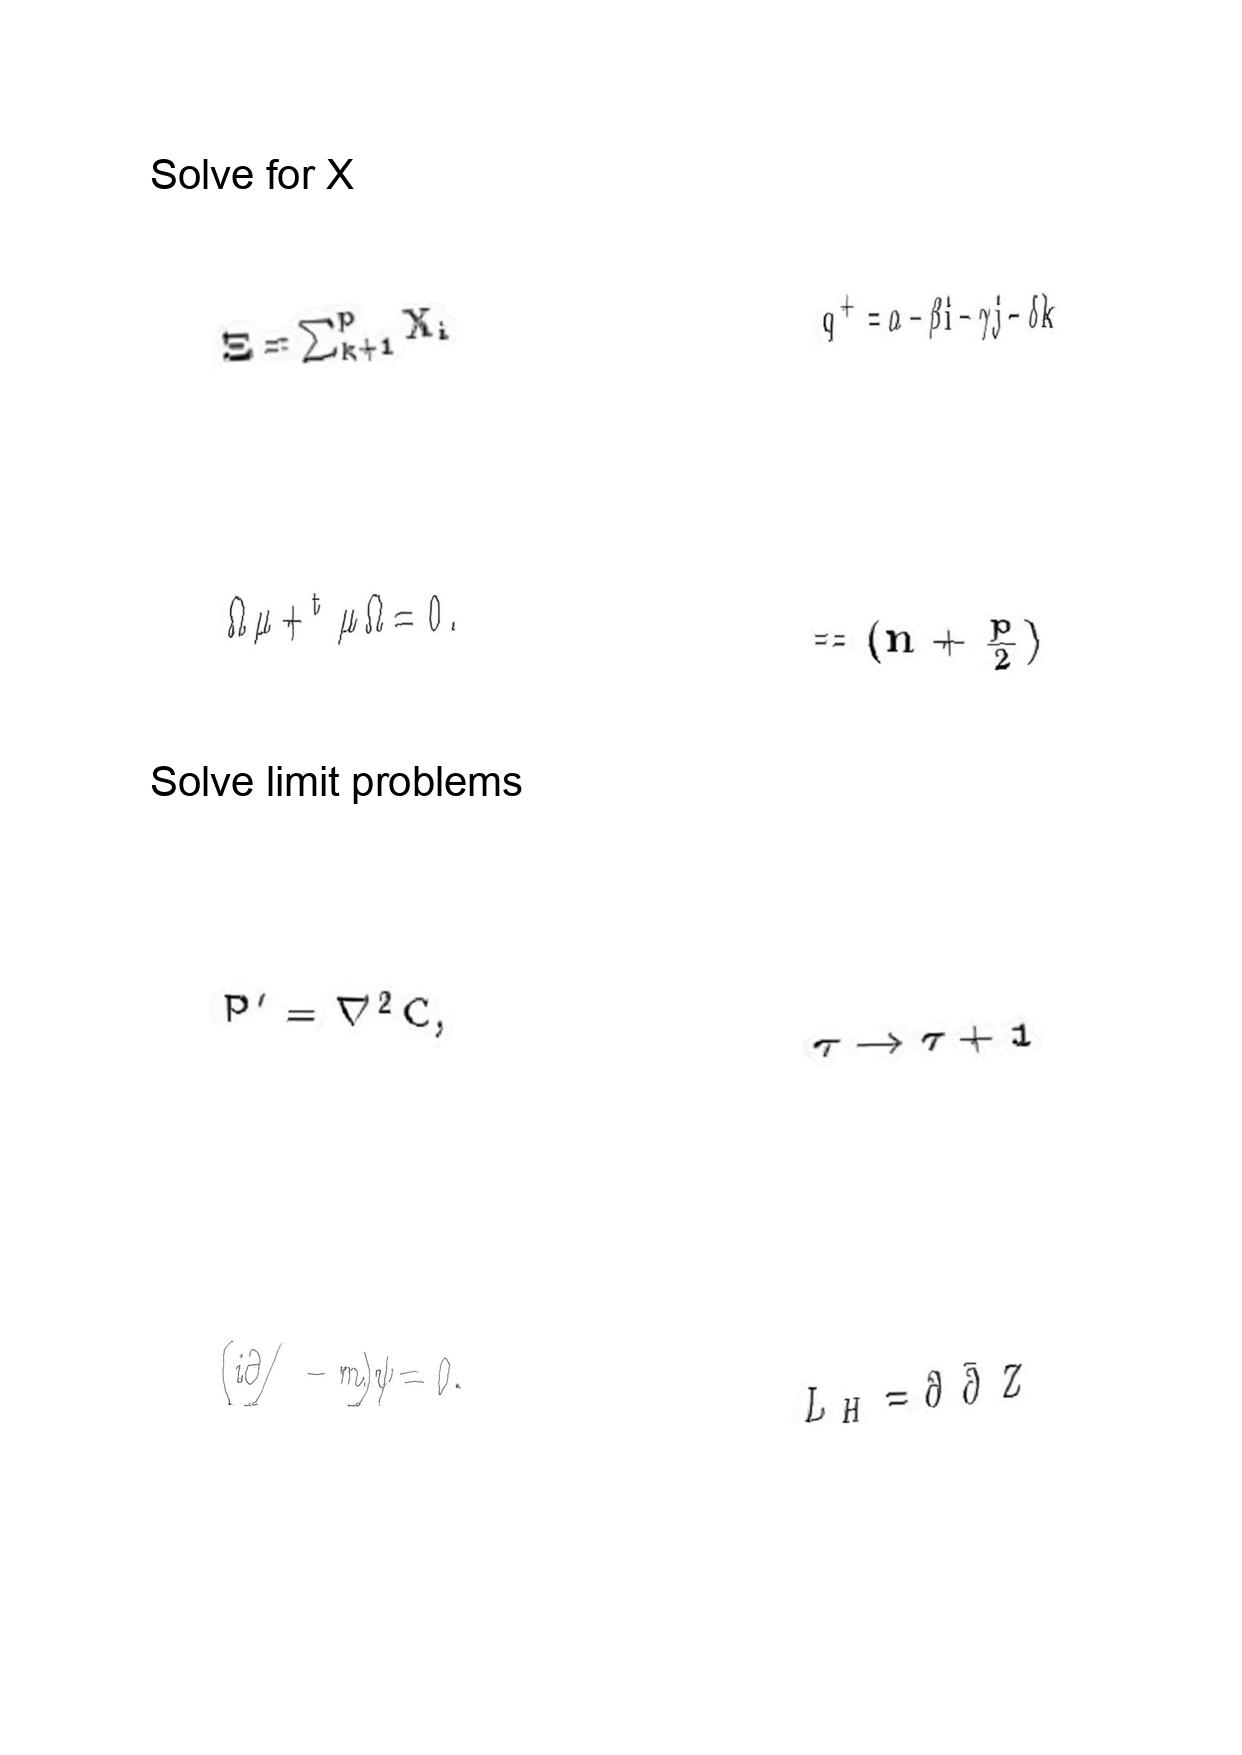
LaTeX transcription:
\Xi = \sum _ { k + 1 } ^ { p } X _ { i }
\Omega \mu + ^ { t } \mu \Omega = 0 .
P ^ { \prime } = \nabla ^ { 2 } C ,
\lparen i \partial / - m \rparen \psi = 0 .
q ^ { + } = \alpha - \beta i - \gamma j - \delta k
= \lparen n + \frac { p } { 2 } \rparen
\tau \rightarrow \tau + 1
L _ { H } = \partial \bar { \partial } Z